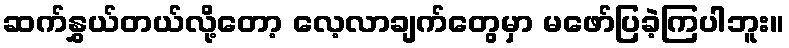
ဆက်နွှယ်တယ်လို့တော့ လေ့လာချက်တွေမှာ မဖော်ပြခဲ့ကြပါဘူး။